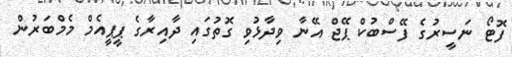
ފޮޓޯ ނަސީރުގެ ފޭސްބުކް ޕޭޖް އޭނާ ވިދާޅުވި ގޮތުގައި ދާއިރާގެ ޕީޕީއެމް މެމްބަރުން